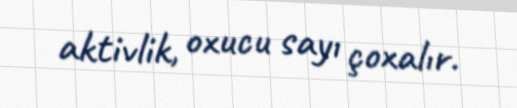
aktivlik, oxucu sayı çoxalır.